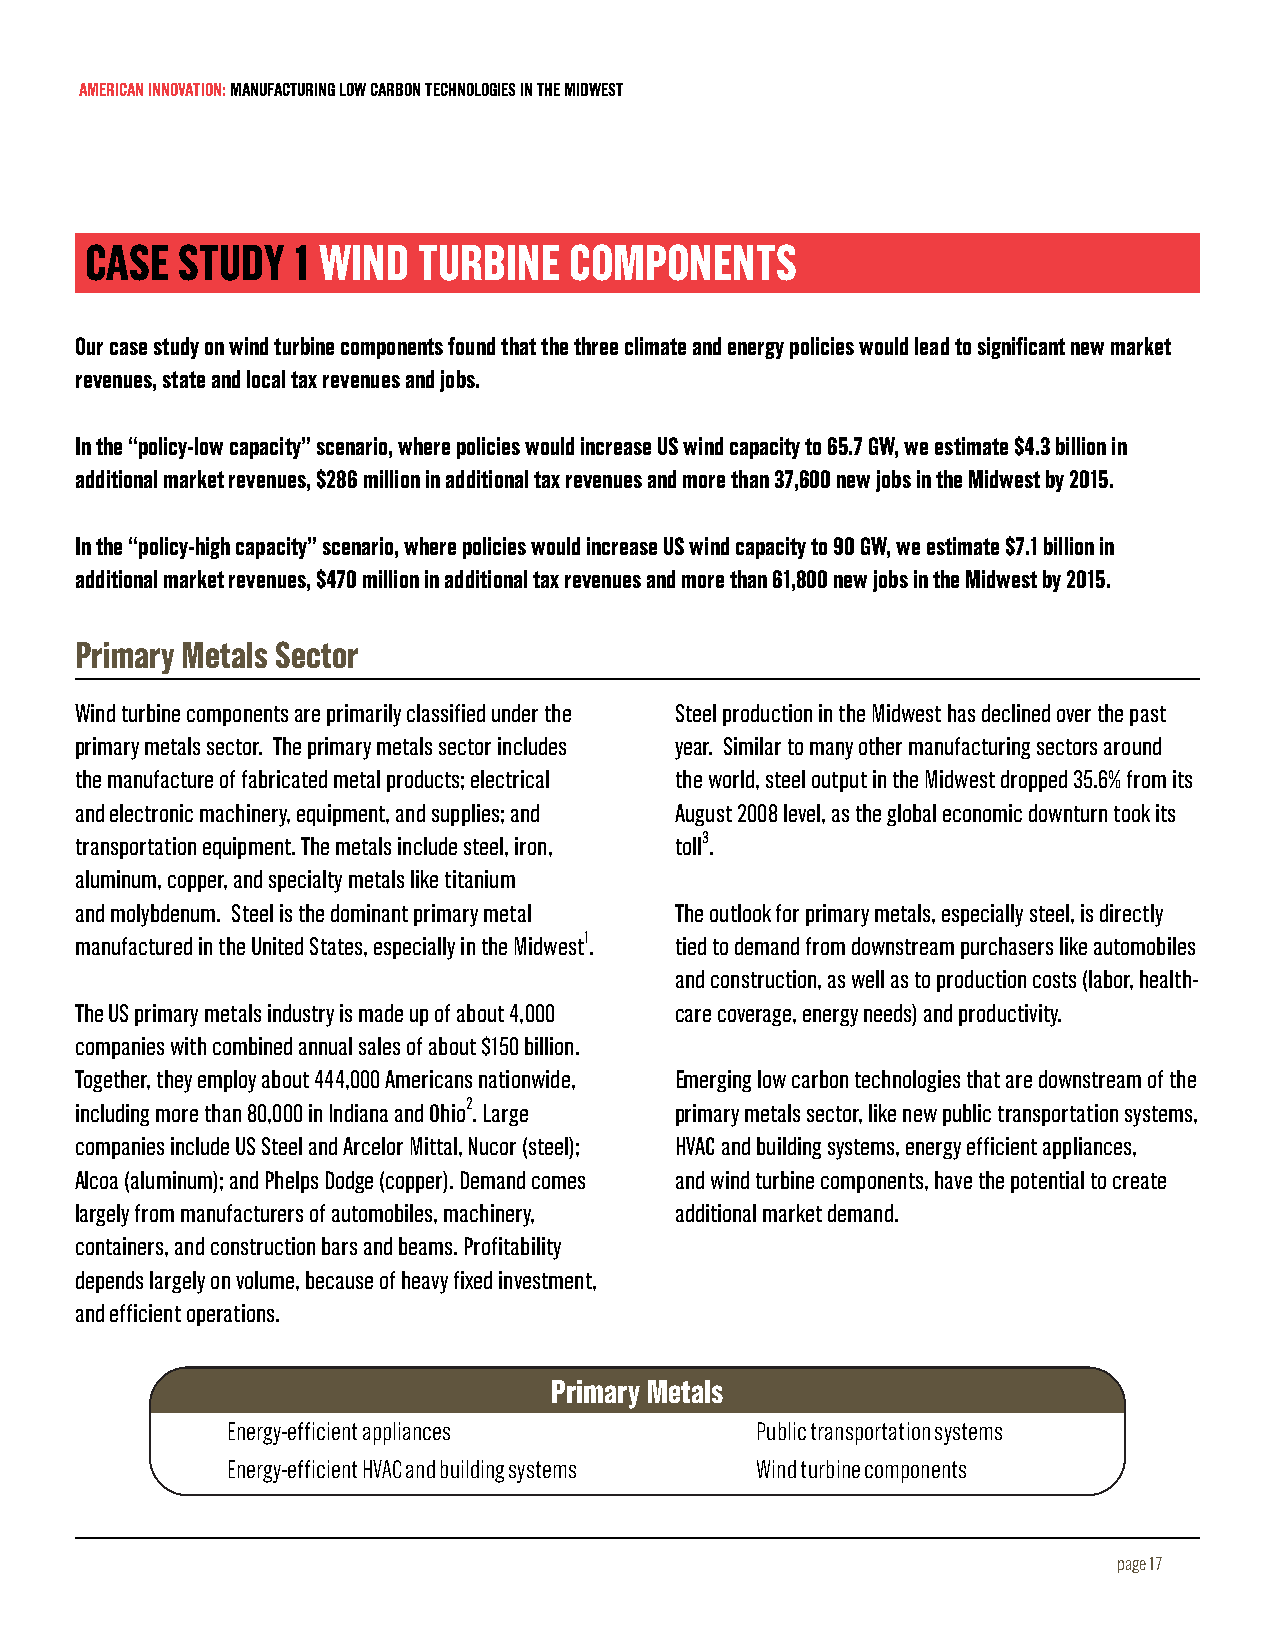
AMERICAN INNOVATION: MANUFACTURING LOW CARBON TECHNOLOGIES IN THE MIDWEST
 CASE  STUDY  1 WIND   TURBINE   COMPONENTS
 Our case study on wind turbine components found that the three climate and energy policies would lead to significant new market
 revenues, state and local tax revenues and jobs.
 In the “policy-low capacity” scenario, where policies would increase US wind capacity to 65.7 GW, we estimate $4.3 billion in
 additional market revenues, $286 million in additional tax revenues and more than 37,600 new jobs in the Midwest by 2015.
 In the “policy-high capacity” scenario, where policies would increase US wind capacity to 90 GW, we estimate $7.1 billion in
 additional market revenues, $470 million in additional tax revenues and more than 61,800 new jobs in the Midwest by 2015.
 Primary Metals Sector
 Wind turbine components are primarily classified under the Steel production in the Midwest has declined over the past
 primary metals sector. The primary metals sector includes year. Similar to many other manufacturing sectors around
 the manufacture of fabricated metal products; electrical the world, steel output in the Midwest dropped 35.6% from its
 and electronic machinery, equipment, and supplies; and August 2008 level, as the global economic downturn took its
 transportation equipment. The metals include steel, iron, toll3.
 aluminum, copper, and specialty metals like titanium
 and molybdenum. Steel is the dominant primary metal The outlook for primary metals, especially steel, is directly
 manufactured in the United States, especially in the Midwest1. tied to demand from downstream purchasers like automobiles
 and construction, as well as to production costs (labor, health-
 The US primary metals industry is made up of about 4,000 care coverage, energy needs) and productivity.
 companies with combined annual sales of about $150 billion.
 Together, they employ about 444,000 Americans nationwide, Emerging low carbon technologies that are downstream of the
 including more than 80,000 in Indiana and Ohio2. Large primary metals sector, like new public transportation systems,
 companies include US Steel and Arcelor Mittal, Nucor (steel); HVAC and building systems, energy efficient appliances,
 Alcoa (aluminum); and Phelps Dodge (copper). Demand comes and wind turbine components, have the potential to create
 largely from manufacturers of automobiles, machinery, additional market demand.
 containers, and construction bars and beams. Profitability
 depends largely on volume, because of heavy fixed investment,
 and efficient operations.
 Primary Metals
 Energy-efficient appliances        Public transportation systems
 Energy-efficient HVAC and building systems Wind turbine components
 page 17